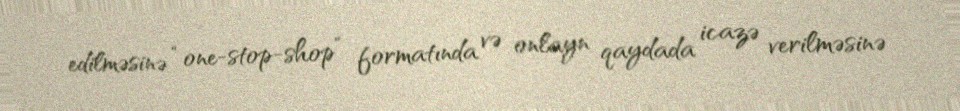
edilməsinə “one-stop-shop” formatında və onlayn qaydada icazə verilməsinə